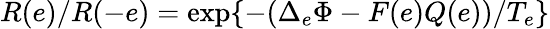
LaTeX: R({e})/R({-e})=\exp\{ -(\Delta_{e}\Phi-F(e)Q(e))/T_{e}\}